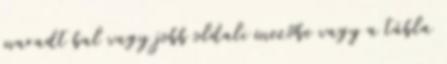
maradt bal vagy jobb oldali mezõbe vagy a tábla